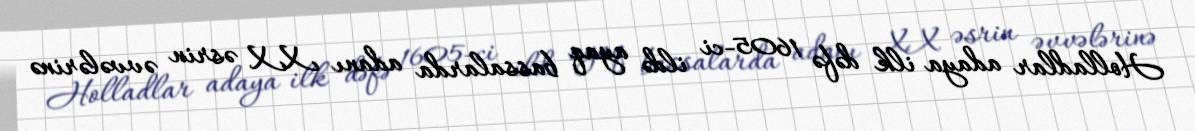
Holladlar adaya ilk dəfə 1605-ci ildə ayaq bassalarda adanı XX əsrin əvvələrinə